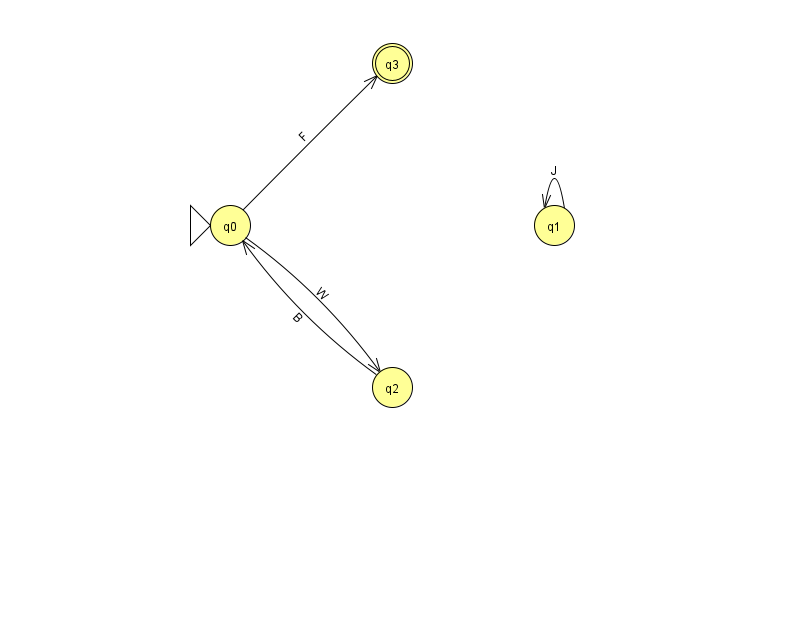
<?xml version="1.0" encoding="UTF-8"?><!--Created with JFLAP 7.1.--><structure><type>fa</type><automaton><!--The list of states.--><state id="0" name="q0"><x>230.0</x><y>212.0</y><initial/></state><state id="1" name="q1"><x>554.0</x><y>212.0</y></state><state id="2" name="q2"><x>392.0</x><y>374.0</y></state><state id="3" name="q3"><x>392.0</x><y>50.0</y><final/></state><!--The list of transitions.--><transition><from>2</from><to>0</to><read>B</read></transition><transition><from>1</from><to>1</to><read>J</read></transition><transition><from>0</from><to>2</to><read>W</read></transition><transition><from>0</from><to>3</to><read>F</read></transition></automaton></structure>